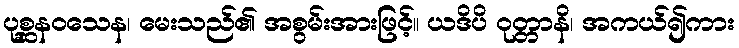
ပုစ္ဆနဝသေန၊ မေးသည်၏ အစွမ်းအားဖြင့်။ ယဒိပိ ဝုတ္တာနိ၊ အကယ်၍ကား